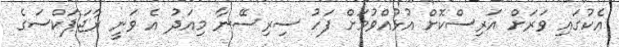
އެކުގައި ވަރަށް އަރިސްކޮށް އުޅުއްވުމަށް ފަހު ސިރިސޭނާ މިއަދު އެ ވަނީ ރާޖަޕަކްސަގެ